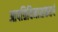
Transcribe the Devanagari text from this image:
आपत्तिविनाशकएवं